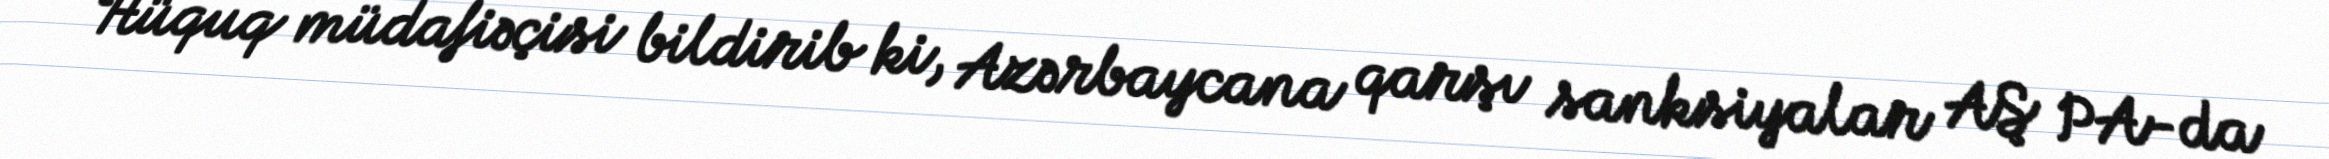
Hüquq müdafiəçisi bildirib ki, Azərbaycana qarşı sanksiyalar AŞ PA-da